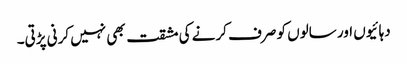
دہائیوں اور سالوں کو صرف کرنے کی مشقت بھی نہیں کرنی پڑتی۔